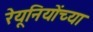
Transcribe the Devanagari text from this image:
रेयूनियोंच्या